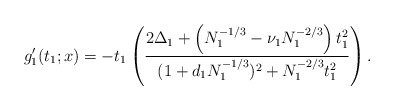
\begin{align*}g_1'(t_1;x)=-t_1\left(\frac{2\Delta_1+\left(N_1^{-1/3}-\nu_1N_1^{-2/3}\right)t_1^2}{(1+d_1N_1^{-1/3})^2+N_1^{-2/3}t_1^2}\right).\end{align*}